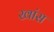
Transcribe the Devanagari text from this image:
खांस